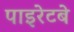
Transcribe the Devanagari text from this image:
पाइरेटबे